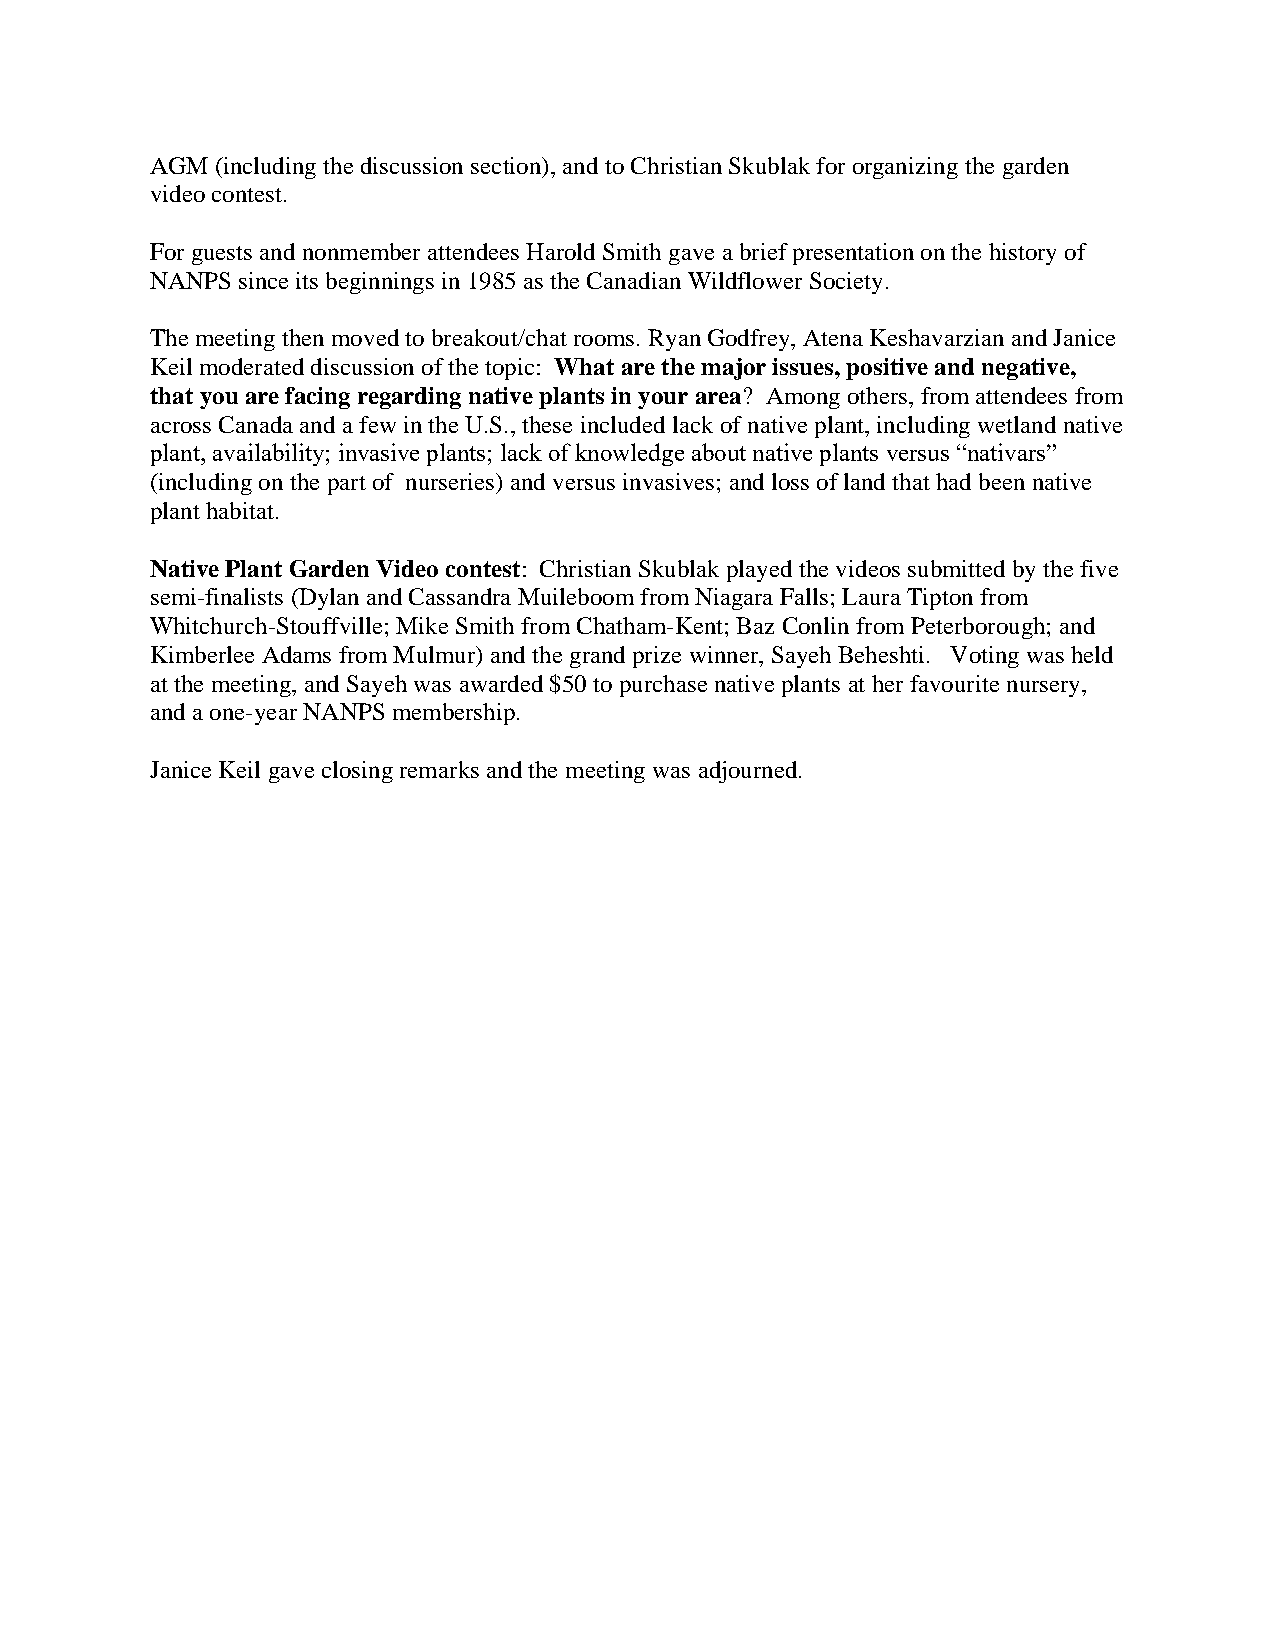
AGM (including the discussion section), and to Christian Skublak for organizing the garden
 video contest.
 For guests and nonmember attendees Harold Smith gave a brief presentation on the history of
 NANPS since its beginnings in 1985 as the Canadian Wildflower Society.
 The meeting then moved to breakout/chat rooms. Ryan Godfrey, Atena Keshavarzian and Janice
 Keil moderated discussion of the topic: What are the major issues, positive and negative,
 that you are facing regarding native plants in your area? Among others, from attendees from
 across Canada and a few in the U.S., these included lack of native plant, including wetland native
 plant, availability; invasive plants; lack of knowledge about native plants versus “nativars”
 (including on the part of nurseries) and versus invasives; and loss of land that had been native
 plant habitat.
 Native Plant Garden Video contest: Christian Skublak played the videos submitted by the five
 semi-finalists (Dylan and Cassandra Muileboom from Niagara Falls; Laura Tipton from
 Whitchurch-Stouffville; Mike Smith from Chatham-Kent; Baz Conlin from Peterborough; and
 Kimberlee Adams from Mulmur) and the grand prize winner, Sayeh Beheshti. Voting was held
 at the meeting, and Sayeh was awarded $50 to purchase native plants at her favourite nursery,
 and a one-year NANPS membership.
 Janice Keil gave closing remarks and the meeting was adjourned.